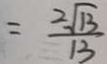
= \frac { 2 \sqrt { 1 3 } } { 1 3 }